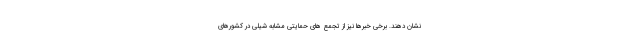
نشان دهند. برخی خبرها نیز از تجمع های حمایتی مشابه شیلی در کشورهای